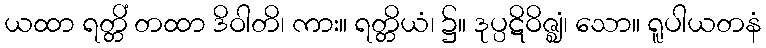
ယထာ ရတ္တိံ တထာ ဒိဝါတိ၊ ကား။ ရတ္တိယံ၊ ၌။ ဒုပ္ပဋိဝိဇ္ဈံ၊ သော။ ရူပါယတနံ